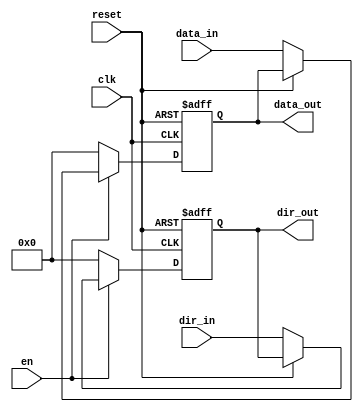
`timescale 1ns / 1ps
//////////////////////////////////////////////////////////////////////////////////
// Company: 
// Engineer: 
// 
// Design Name: 
// Module Name:    REG_PICO 
// Project Name: 
// Target Devices: 
// Tool versions: 
// Description: 
//
// Dependencies: 
//
// Revision: 
// Revision 0.01 - File Created
// Additional Comments: 
//
//////////////////////////////////////////////////////////////////////////////////
module REG_Id_port(
    input wire [7:0] dir_in,
	 input wire [7:0] data_in,
    input wire clk,
	 input wire en,
    input wire reset,
    output wire [7:0] dir_out,
	  output wire [7:0] data_out
    );

reg [7:0] dir;
reg [7:0] data;
always @(posedge clk or posedge reset)
	begin
		if (reset) begin dir <= 8'b0; data<=8'b0;end
		else if (en) begin  if(!reset) begin dir <= dir_in; data<= data_in;end 
						else begin dir <= dir; data<= data;end
		end
		else  begin dir <= 0; data<= 0;end

end

assign dir_out = dir;
assign data_out = data;
endmodule